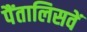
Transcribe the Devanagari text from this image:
पैंतालिसवें